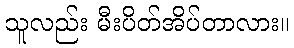
သူလည်း မီးပိတ်အိပ်တာလား။